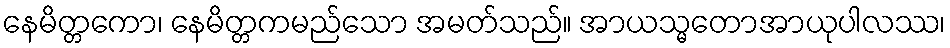
နေမိတ္တကော၊ နေမိတ္တကမည်သော အမတ်သည်။ အာယသ္မတောအာယုပါလဿ၊